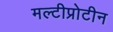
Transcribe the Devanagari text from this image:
मल्टीप्रोटीन